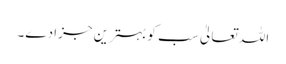
اللہ تعالیٰ سب کو بہترین جزا دے۔